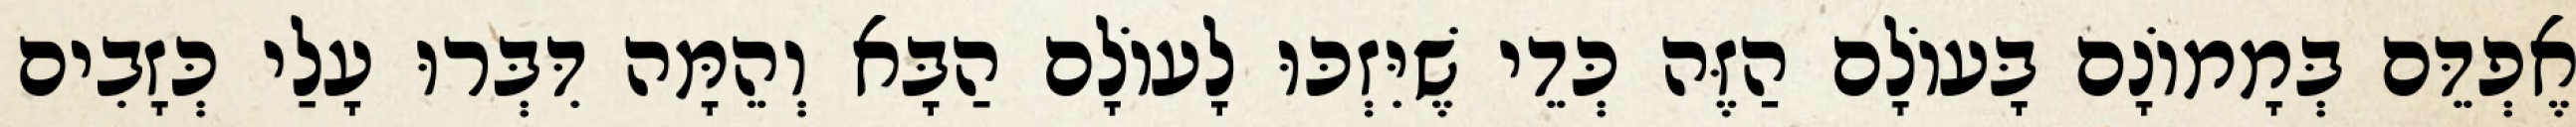
אֶפְדֵּם בְּמָמוֹנָם בָּעוֹלָם הַזֶּה כְּדֵי שֶׁיִּזְכּוּ לָעוֹלָם הַבָּא וְהֵמָּה דִּבְּרוּ עָלַי כְּזָבִים